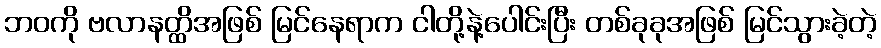
ဘဝကို ဗလာနတ္ထိအဖြစ် မြင်နေရာက ငါတို့နဲ့ပေါင်းပြီး တစ်ခုခုအဖြစ် မြင်သွားခဲ့တဲ့